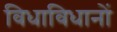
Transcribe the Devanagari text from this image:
विधाविधानों